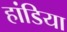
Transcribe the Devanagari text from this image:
हांडिया